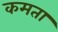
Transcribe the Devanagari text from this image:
कमता